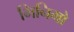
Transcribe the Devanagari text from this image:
मिनिमो